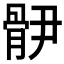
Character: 𩨫